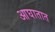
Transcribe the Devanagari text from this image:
आघातात